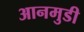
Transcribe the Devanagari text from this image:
आनमुडी